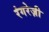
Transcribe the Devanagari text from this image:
रंगरेज़ी